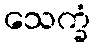
သေက္ခံ